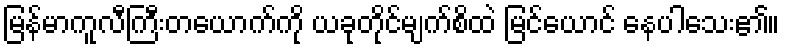
မြန်မာကူလီကြီးတယောက်ကို ယခုတိုင်မျက်စိထဲ မြင်ယောင် နေပါသေး၏။